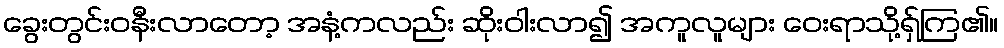
ခွေးတွင်းဝနီးလာတော့ အနံ့ကလည်း ဆိုးဝါးလာ၍ အကူလူများ ဝေးရာသို့ရှ်ကြ၏။